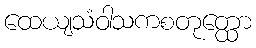
ထေယျသံဝါသကစတုတ္ထော